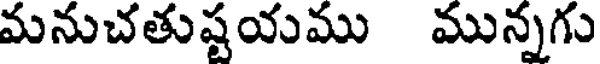
మనుచతుష్టయము మున్నగు